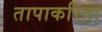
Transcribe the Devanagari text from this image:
तापाकरिता